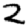
Digit: 2